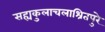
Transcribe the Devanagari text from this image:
सह्यकुलाचलाश्रितपुरे